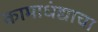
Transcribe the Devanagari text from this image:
कामाधंद्याचा